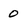
Character: o